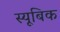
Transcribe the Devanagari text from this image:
स्यूबिक